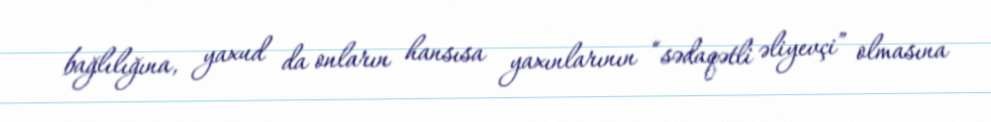
bağlılığına, yaxud da onların hansısa yaxınlarının “sədaqətli əliyevçi” olmasına